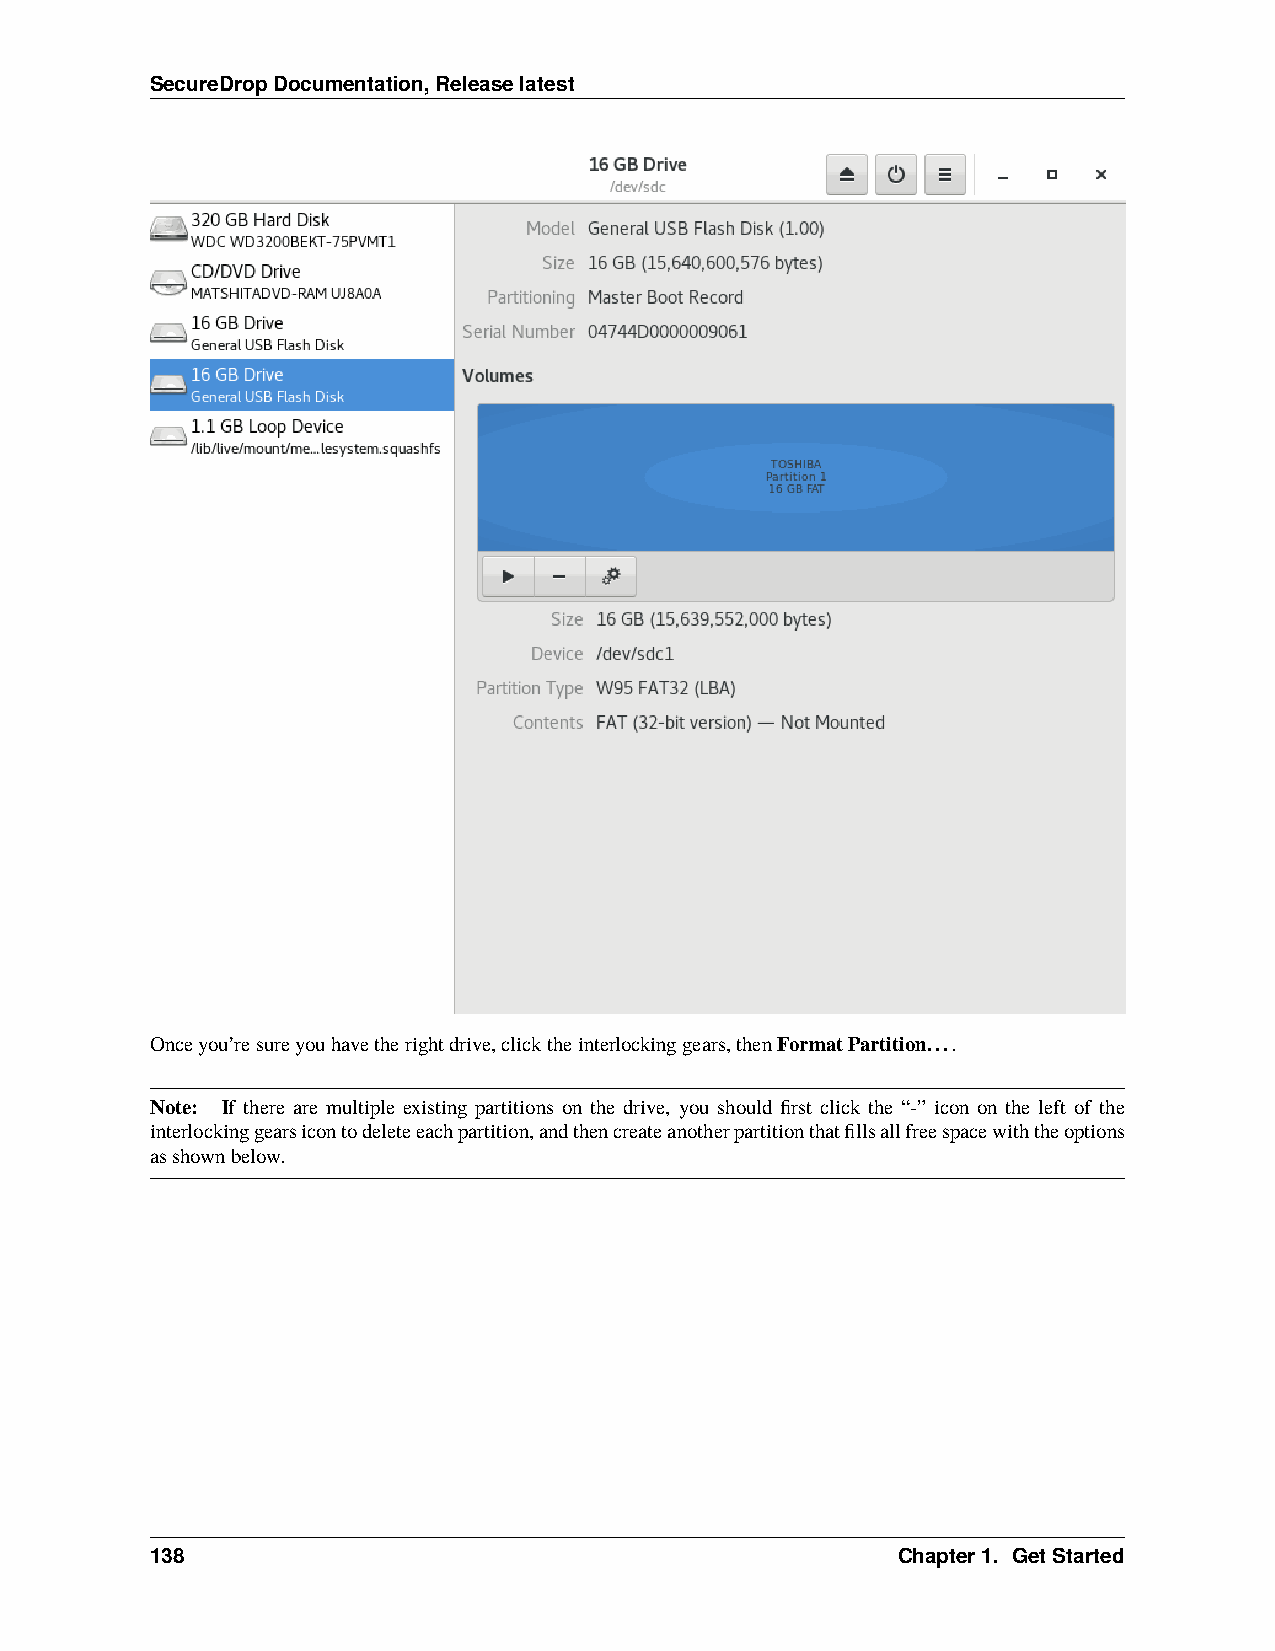
SecureDropDocumentation,Releaselatest
 Onceyou’resureyouhavetherightdrive,clicktheinterlockinggears,thenFormatPartition....
 Note: If there are multiple existing partitions on the drive, you should first click the “-” icon on the left of the
 interlockinggearsicontodeleteeachpartition,andthencreateanotherpartitionthatfillsallfreespacewiththeoptions
 asshownbelow.
 138                                              Chapter1. GetStarted